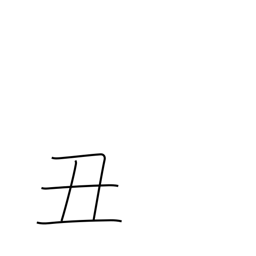
Meaning: sign of the ox or cow